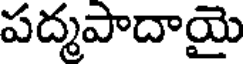
పద్మపాదాయై